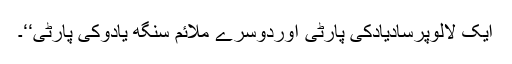
ایک لالوپرسادیادکی پارٹی اوردوسرے ملائم سنگھ یادوکی پارٹی‘‘۔